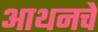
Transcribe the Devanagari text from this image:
आथनचे